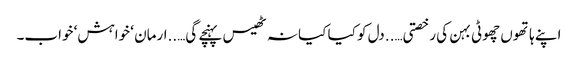
اپنے ہاتھوں چھوٹی بہن کی رخصتی…..دل کو کیا کیا نہ ٹھیس پہنچے گی…..ارمان ‘ خواہش‘ خواب۔